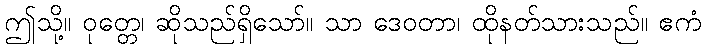
ဤသို့။ ဝုတ္တေ၊ ဆိုသည်ရှိသော်။ သာ ဒေဝတာ၊ ထိုနတ်သားသည်။ ဧကံ